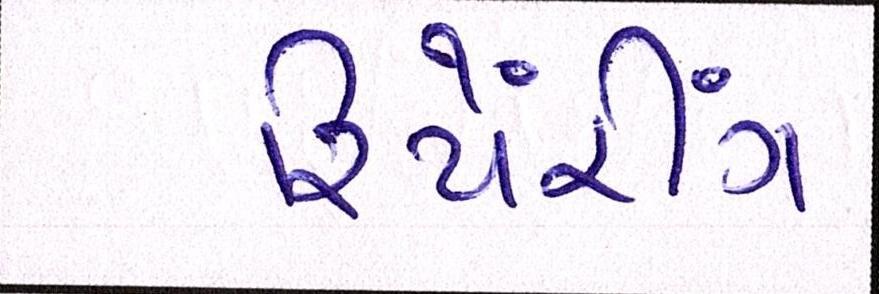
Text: રિપેરીંગ